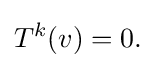
T^{k}(v)=0.\!